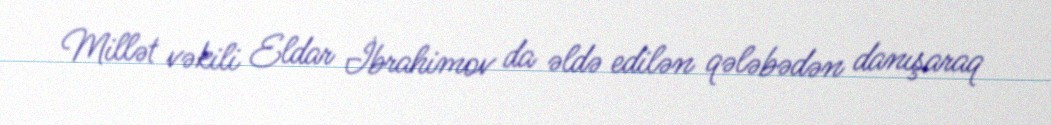
Millət vəkili Eldar İbrahimov da əldə edilən qələbədən danışaraq